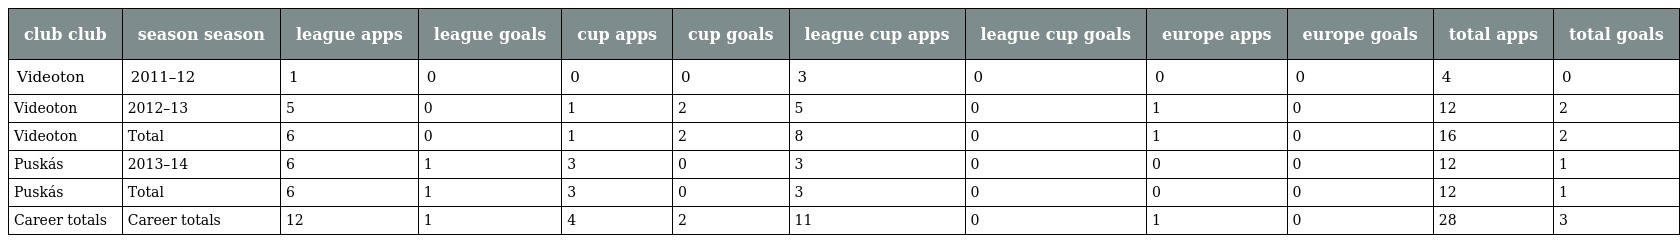
| club club | season season | league apps | league goals | cup apps | cup goals | league cup apps | league cup goals | europe apps | europe goals | total apps | total goals |
 | --- | --- | --- | --- | --- | --- | --- | --- | --- | --- | --- | --- |
 | Videoton | 2011–12 | 1 | 0 | 0 | 0 | 3 | 0 | 0 | 0 | 4 | 0 |
 | Videoton | 2012–13 | 5 | 0 | 1 | 2 | 5 | 0 | 1 | 0 | 12 | 2 |
 | Videoton | Total | 6 | 0 | 1 | 2 | 8 | 0 | 1 | 0 | 16 | 2 |
 | Puskás | 2013–14 | 6 | 1 | 3 | 0 | 3 | 0 | 0 | 0 | 12 | 1 |
 | Puskás | Total | 6 | 1 | 3 | 0 | 3 | 0 | 0 | 0 | 12 | 1 |
 | Career totals | Career totals | 12 | 1 | 4 | 2 | 11 | 0 | 1 | 0 | 28 | 3 |